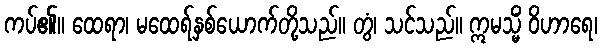
ကပ်၏။ ထေရာ၊ မထေရ်နှစ်ယောက်တို့သည်။ တွံ၊ သင်သည်။ ဣမသ္မိံ ဝိဟာရေ၊